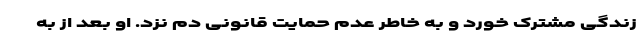
زندگی مشترک خورد و به خاطر عدم حمایت قانونی دم نزد. او بعد از به‌